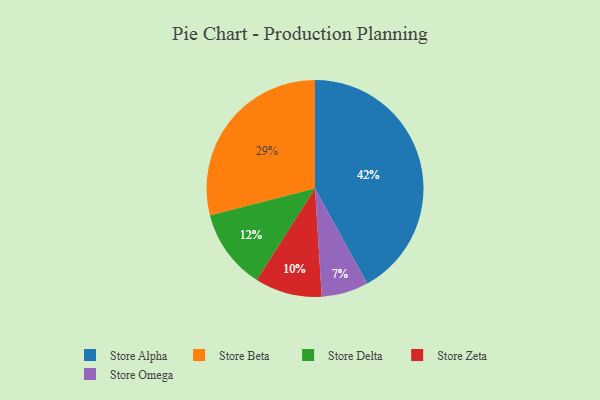
{"axis": {"x": "Category", "y": "Percentage"}, "legend": ["Store Alpha", "Store Beta", "Store Delta", "Store Omega", "Store Zeta"], "data": [{"x": "Store Delta", "y": 12, "type": "Store Delta"}, {"x": "Store Alpha", "y": 42, "type": "Store Alpha"}, {"x": "Store Zeta", "y": 10, "type": "Store Zeta"}, {"x": "Store Beta", "y": 29, "type": "Store Beta"}, {"x": "Store Omega", "y": 7, "type": "Store Omega"}]}